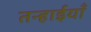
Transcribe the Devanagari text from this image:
तन्हाईयाँ